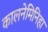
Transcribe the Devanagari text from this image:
कालनेमिनिहा